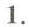
1.